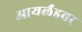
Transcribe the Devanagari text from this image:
आयर्लंडवर